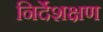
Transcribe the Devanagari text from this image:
निर्देशक्षण